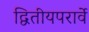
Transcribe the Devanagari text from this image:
द्वितीयपरार्वे